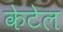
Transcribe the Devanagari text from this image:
केटेल